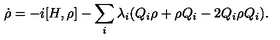
\dot { \rho } = - i [ H , \rho ] - \sum _ { i } ^ { } \lambda _ { i } ( Q _ { i } \rho + \rho Q _ { i } - 2 Q _ { i } \rho Q _ { i } ) .